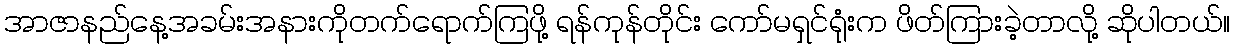
အာဇာနည်နေ့အခမ်းအနားကိုတက်ရောက်ကြဖို့ ရန်ကုန်တိုင်း ကော်မရှင်ရုံးက ဖိတ်ကြားခဲ့တာလို့ ဆိုပါတယ်။